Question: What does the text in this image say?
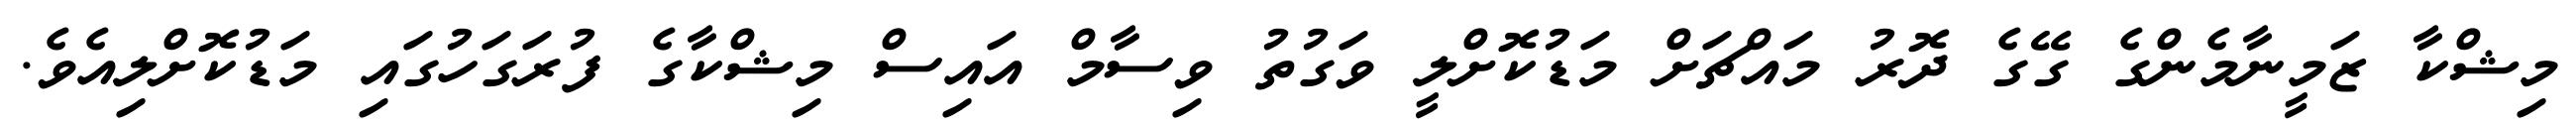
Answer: މިޝްކާ ޒަމީނާމެންގެ ގޭގެ ދޮރު މައްޗަށް މަޑުކޮށްލީ ވަގުތު ވިސާމް އައިސް މިޝްކާގެ ފުރަގަހުގައި މަޑުކޮށްލިއެވެ.